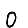
Digit: 0